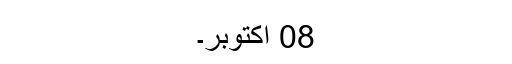
08 اکتوبر۔